Problem: 11 × 10 = ?
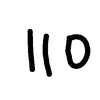
Handwritten answer: 110